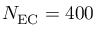
N _ { \mathrm { E C } } = 4 0 0